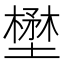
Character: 壄